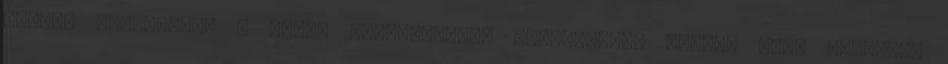
küdött e-mail-ben A jelen Adatkezelési tájékoztató célja, hogy rögzítse